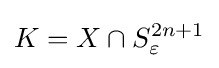
K=X\cap S_{\varepsilon }^{2n+1}